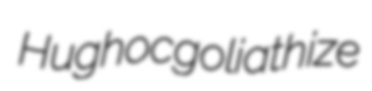
Hughoc goliathize